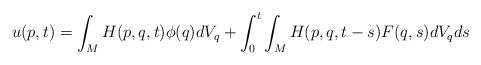
LaTeX: \begin{align*}u(p,t)= \int_M H(p,q ,t) \phi (q) dV_q + \int_0^t \int_M H(p,q ,t-s) F(q, s) dV_q ds \end{align*}